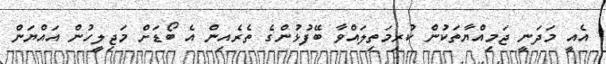
އެއީ މަދަނީ ޖަމިއްޔާތަކުން ކުރިމަތިލައްވާ ބޭފުޅުންގެ ތެރެއިން އެ ބޯޑަށް މަޖިިލީހުން އައްޔަން